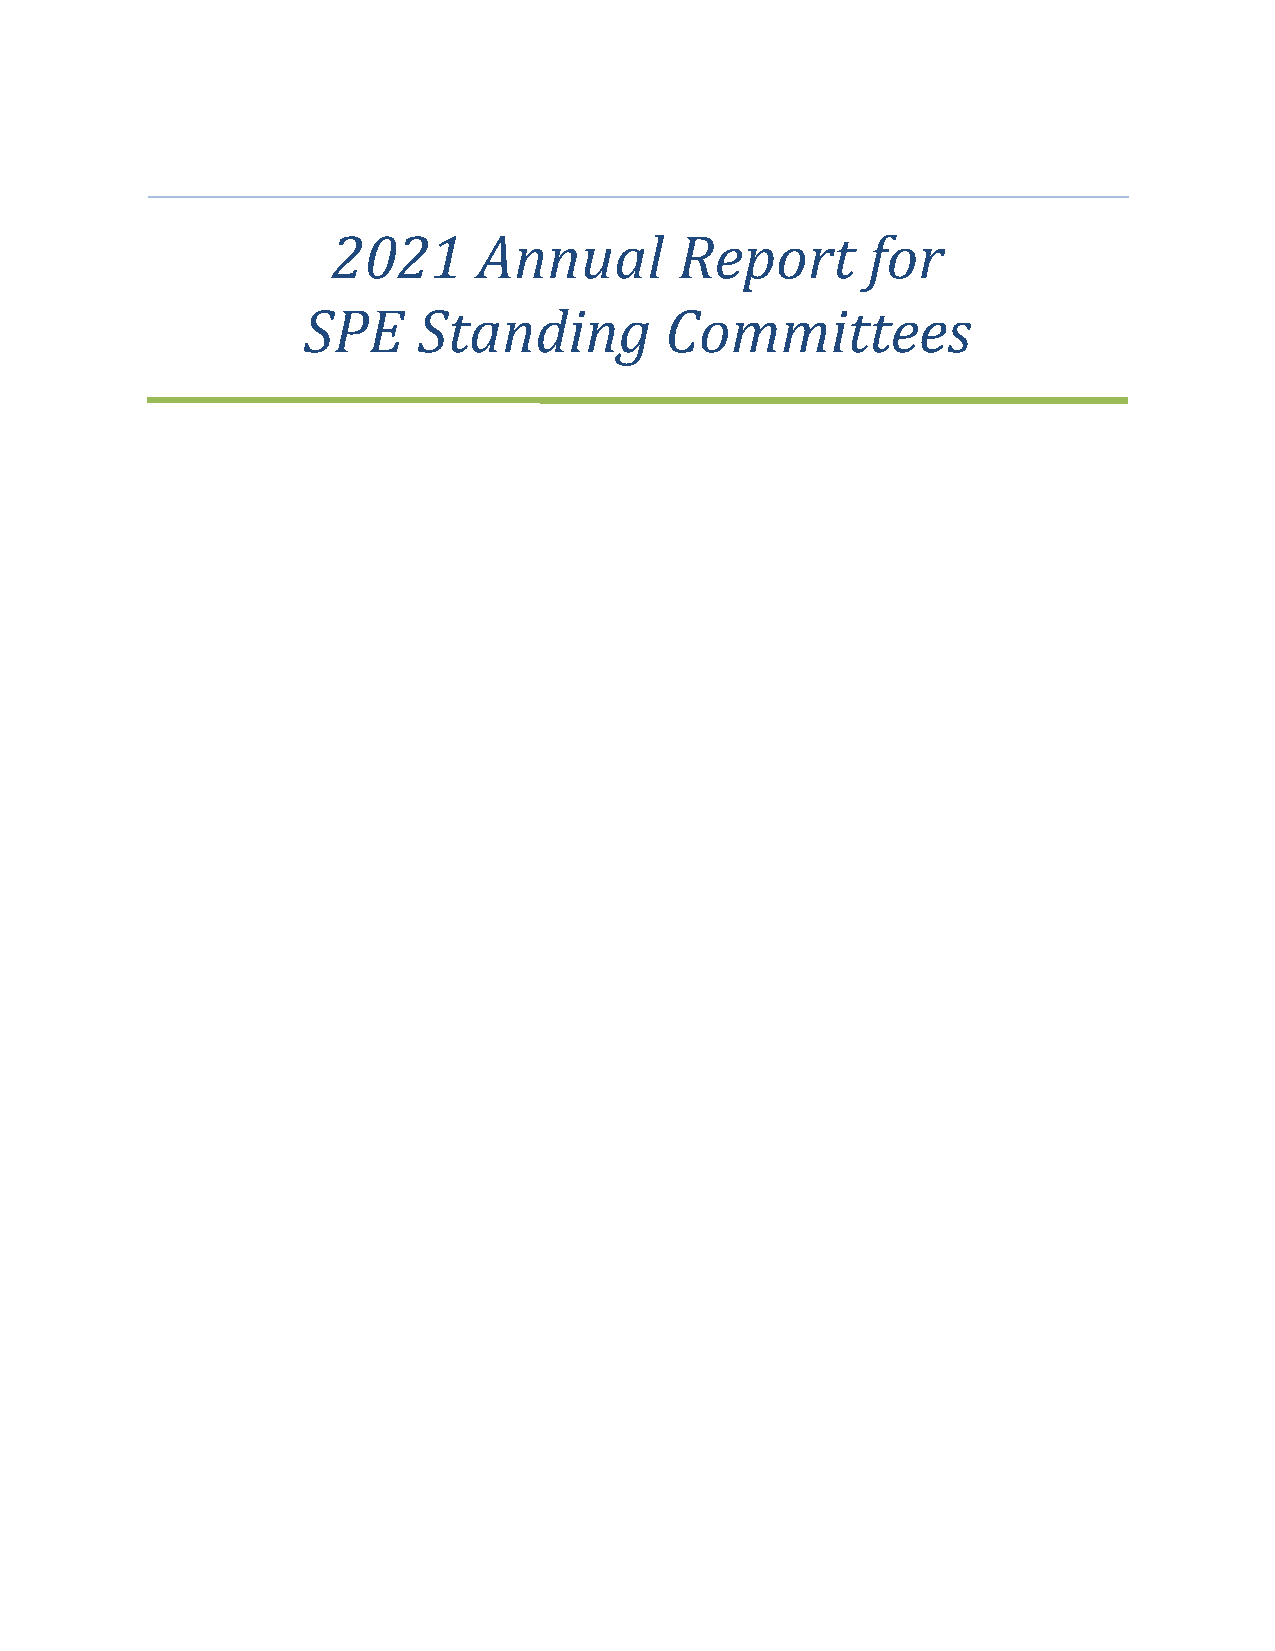
2021      Annual       Report      for
 SPE     Standing        Committees